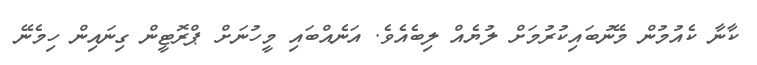
ކާނާ ކެއުމުން މޭނުބައިކުރުމަށް ލުޔެއް ލިބެއެވެ. އަނެއްބައި މީހުނަށް ޕްރޮޓީން ގިނައިން ހިމެނޭ